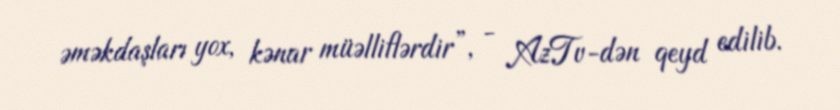
əməkdaşları yox, kənar müəlliflərdir”, - AzTv-dən qeyd edilib.